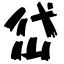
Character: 岱